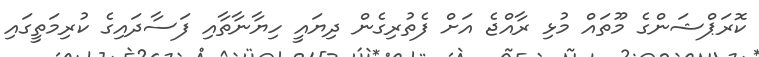
ކޮރަޕްޝަންގެ މޫތައް މުޅި ރާއްޖެ އަށް ފެތުރިގެން ދިޔައީ ހިޔާނާތާއި ފަސާދައިގެ ކުރިމަތީގައި